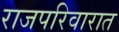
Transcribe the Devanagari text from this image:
राजपरिवारात